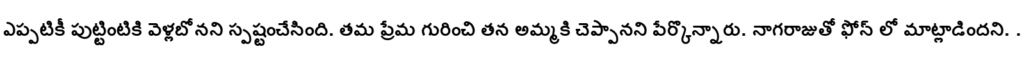
ఎప్పటికీ పుట్టింటికి వెళ్లబోనని స్పష్టంచేసింది. తమ ప్రేమ గురించి తన అమ్మకి చెప్పానని పేర్కొన్నారు. నాగరాజుతో ఫోన్ లో మాట్లాడిందని. .